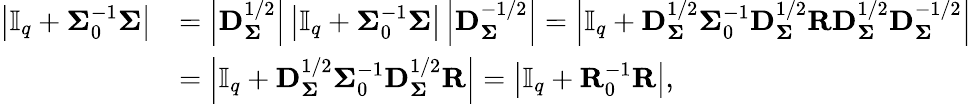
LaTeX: \begin{array}{rl}{\left|\mathbb{I}_{q}+\mathbf{\Sigma}_{0}^{-1}\mathbf{\Sigma}\right|}&{=\left|\mathbf{D}_{\mathbf{\Sigma}}^{1/2}\right|\left|\mathbb{I}_{q}+\mathbf{\Sigma}_{0}^{-1}\mathbf{\Sigma}\right|\left|\mathbf{D}_{\mathbf{\Sigma}}^{-1/2}\right|=\left|\mathbb{I}_{q}+\mathbf{D}_{\mathbf{\Sigma}}^{1/2}\mathbf{\Sigma}_{0}^{-1}\mathbf{D}_{\mathbf{\Sigma}}^{1/2}\mathbf{R}\mathbf{D}_{\mathbf{\Sigma}}^{1/2}\mathbf{D}_{\mathbf{\Sigma}}^{-1/2}\right|}\\ &{=\left|\mathbb{I}_{q}+\mathbf{D}_{\mathbf{\Sigma}}^{1/2}\mathbf{\Sigma}_{0}^{-1}\mathbf{D}_{\mathbf{\Sigma}}^{1/2}\mathbf{R}\right|=\left|\mathbb{I}_{q}+\mathbf{R}_{0}^{-1}\mathbf{R}\right|,}\end{array}